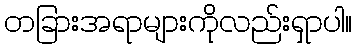
တခြားအရာများကိုလည်းရှာပါ။